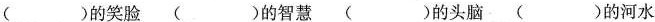
( )的笑脸 ( )的智慧( ) 的头脑 ( )的河水